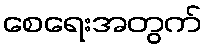
စေရေးအတွက်